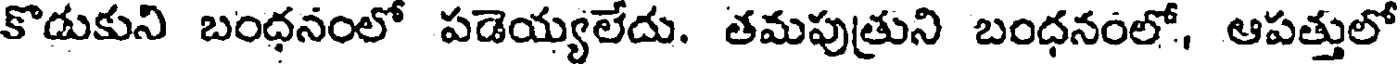
కొడుకుని బంధనంలో పడెయ్యలేదు. తమపుత్రుని బంధనంలో, ఆపత్తులో